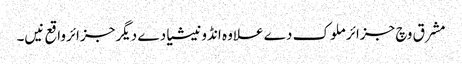
مشرق وچ جزائر ملوک دے علاوہ انڈونیشیا دے دیگر جزائرواقع نیں۔